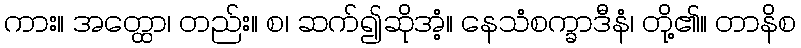
ကား။ အတ္ထော၊ တည်း။ စ၊ ဆက်၍ဆိုအံ့။ နေသံစက္ခာဒီနံ၊ တို့၏။ တာနိစ